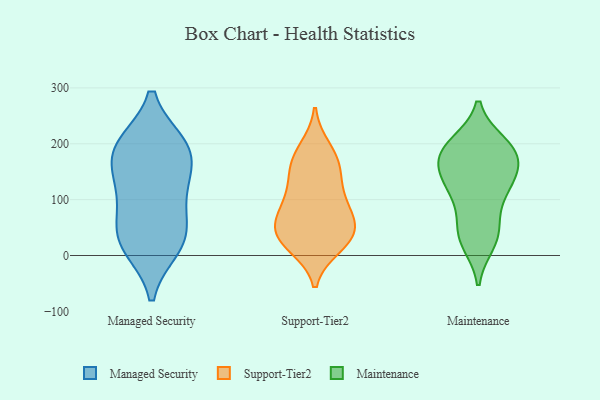
{"axis": {"x": "Market Share (%)", "y": "Value"}, "legend": ["Maintenance", "Managed Security", "Support-Tier2"], "data": [{"x": "", "y": 197, "type": "Managed Security"}, {"x": "", "y": 127, "type": "Managed Security"}, {"x": "", "y": 95, "type": "Managed Security"}, {"x": "", "y": 16, "type": "Managed Security"}, {"x": "", "y": 31, "type": "Managed Security"}, {"x": "", "y": 24, "type": "Managed Security"}, {"x": "", "y": 191, "type": "Managed Security"}, {"x": "", "y": 182, "type": "Managed Security"}, {"x": "", "y": 50, "type": "Managed Security"}, {"x": "", "y": 197, "type": "Managed Security"}, {"x": "", "y": 136, "type": "Managed Security"}, {"x": "", "y": 19, "type": "Support-Tier2"}, {"x": "", "y": 44, "type": "Support-Tier2"}, {"x": "", "y": 130, "type": "Support-Tier2"}, {"x": "", "y": 179, "type": "Support-Tier2"}, {"x": "", "y": 88, "type": "Support-Tier2"}, {"x": "", "y": 75, "type": "Support-Tier2"}, {"x": "", "y": 50, "type": "Support-Tier2"}, {"x": "", "y": 88, "type": "Support-Tier2"}, {"x": "", "y": 41, "type": "Support-Tier2"}, {"x": "", "y": 192, "type": "Support-Tier2"}, {"x": "", "y": 161, "type": "Support-Tier2"}, {"x": "", "y": 158, "type": "Support-Tier2"}, {"x": "", "y": 25, "type": "Support-Tier2"}, {"x": "", "y": 117, "type": "Support-Tier2"}, {"x": "", "y": 52, "type": "Support-Tier2"}, {"x": "", "y": 16, "type": "Support-Tier2"}, {"x": "", "y": 146, "type": "Maintenance"}, {"x": "", "y": 106, "type": "Maintenance"}, {"x": "", "y": 200, "type": "Maintenance"}, {"x": "", "y": 29, "type": "Maintenance"}, {"x": "", "y": 195, "type": "Maintenance"}, {"x": "", "y": 140, "type": "Maintenance"}, {"x": "", "y": 181, "type": "Maintenance"}, {"x": "", "y": 177, "type": "Maintenance"}, {"x": "", "y": 195, "type": "Maintenance"}, {"x": "", "y": 150, "type": "Maintenance"}, {"x": "", "y": 182, "type": "Maintenance"}, {"x": "", "y": 107, "type": "Maintenance"}, {"x": "", "y": 45, "type": "Maintenance"}, {"x": "", "y": 23, "type": "Maintenance"}, {"x": "", "y": 48, "type": "Maintenance"}, {"x": "", "y": 125, "type": "Maintenance"}]}